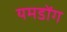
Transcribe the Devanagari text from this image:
यमडोंग